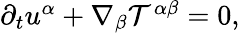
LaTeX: \begin{array}{r}{\partial_{t}u^{\alpha}+\nabla_{\beta}{\cal T}^{\alpha\beta}=0,}\end{array}